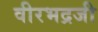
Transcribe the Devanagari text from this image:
वीरभद्रजी